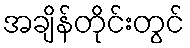
အချိန်တိုင်းတွင်